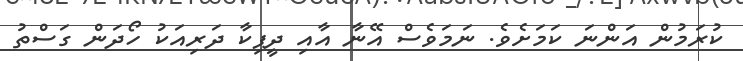
ކުރަމުން އަންނަ ކަމަށެވެ. ނަމަވެސް އޭނާ އާއި ދީޕިކާ ދަރިއަކު ހޯދަން ގަސްތު